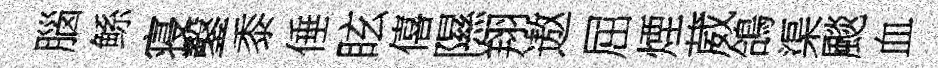
腦鲧寝鑿黍倕眩僖隰翔遨屈煙葳鴿渠颷血